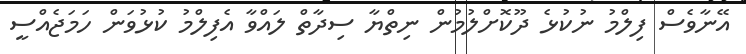
އޭނާވެސް ފިލްމު ނުކުޅެ ދޫކޮށްލުމުން ނިތްޔާ ސިދާތް ލައްވާ އެފިލްމު ކުޅުވަން ހަމަޖެއްސީ